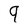
Character: 9